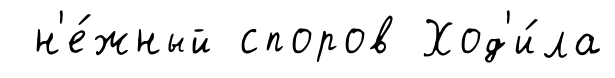
н'е́жный споров Ход'и́ла